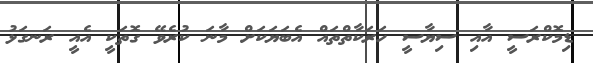
ޑިމޮކްރަސީ އާއި ސިޔާސީ ހަރަކާތްތައް އެބަޔަކަށް މާނަ ކުރެވޭ ގޮތަކީ އެއީ ރަނގަޅު